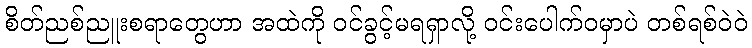
စိတ်ညစ်ညူးစရာတွေဟာ အထဲကို ဝင်ခွင့်မရရှာလို့ ဝင်းပေါက်ဝမှာပဲ တစ်ရစ်ဝဲဝဲ